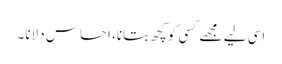
اسی لیے مجھے کسی کو کچھ بتانا، احساس دلانا۔